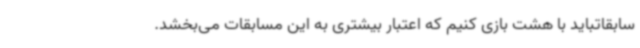
سابقاتباید با هشت بازی کنیم که اعتبار بیشتری به این مسابقات می‌بخشد.